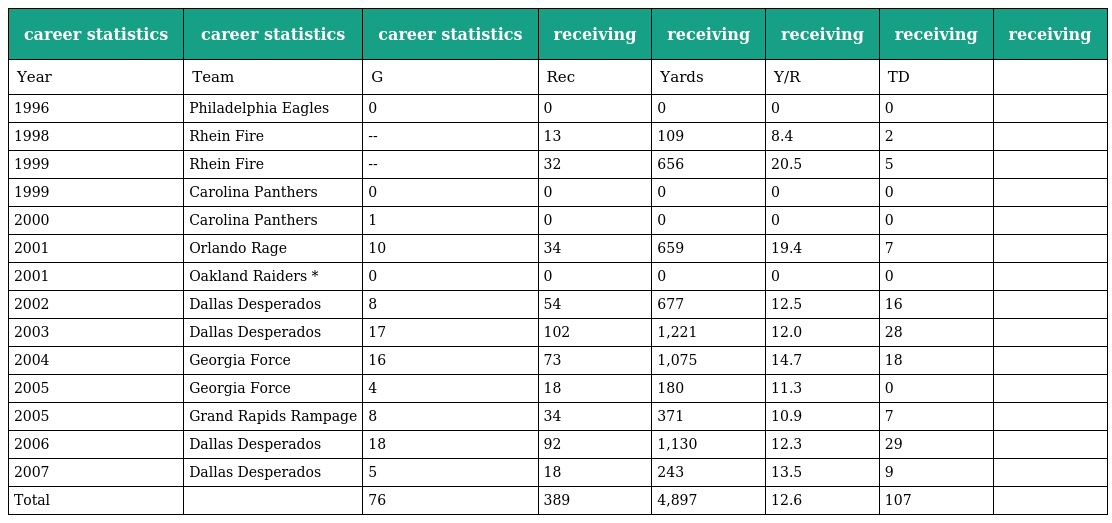
| career statistics | career statistics | career statistics | receiving | receiving | receiving | receiving | receiving |
 | --- | --- | --- | --- | --- | --- | --- | --- |
 | Year | Team | G | Rec | Yards | Y/R | TD |  |
 | 1996 | Philadelphia Eagles | 0 | 0 | 0 | 0 | 0 |  |
 | 1998 | Rhein Fire | -- | 13 | 109 | 8.4 | 2 |  |
 | 1999 | Rhein Fire | -- | 32 | 656 | 20.5 | 5 |  |
 | 1999 | Carolina Panthers | 0 | 0 | 0 | 0 | 0 |  |
 | 2000 | Carolina Panthers | 1 | 0 | 0 | 0 | 0 |  |
 | 2001 | Orlando Rage | 10 | 34 | 659 | 19.4 | 7 |  |
 | 2001 | Oakland Raiders * | 0 | 0 | 0 | 0 | 0 |  |
 | 2002 | Dallas Desperados | 8 | 54 | 677 | 12.5 | 16 |  |
 | 2003 | Dallas Desperados | 17 | 102 | 1,221 | 12.0 | 28 |  |
 | 2004 | Georgia Force | 16 | 73 | 1,075 | 14.7 | 18 |  |
 | 2005 | Georgia Force | 4 | 18 | 180 | 11.3 | 0 |  |
 | 2005 | Grand Rapids Rampage | 8 | 34 | 371 | 10.9 | 7 |  |
 | 2006 | Dallas Desperados | 18 | 92 | 1,130 | 12.3 | 29 |  |
 | 2007 | Dallas Desperados | 5 | 18 | 243 | 13.5 | 9 |  |
 | Total |  | 76 | 389 | 4,897 | 12.6 | 107 |  |